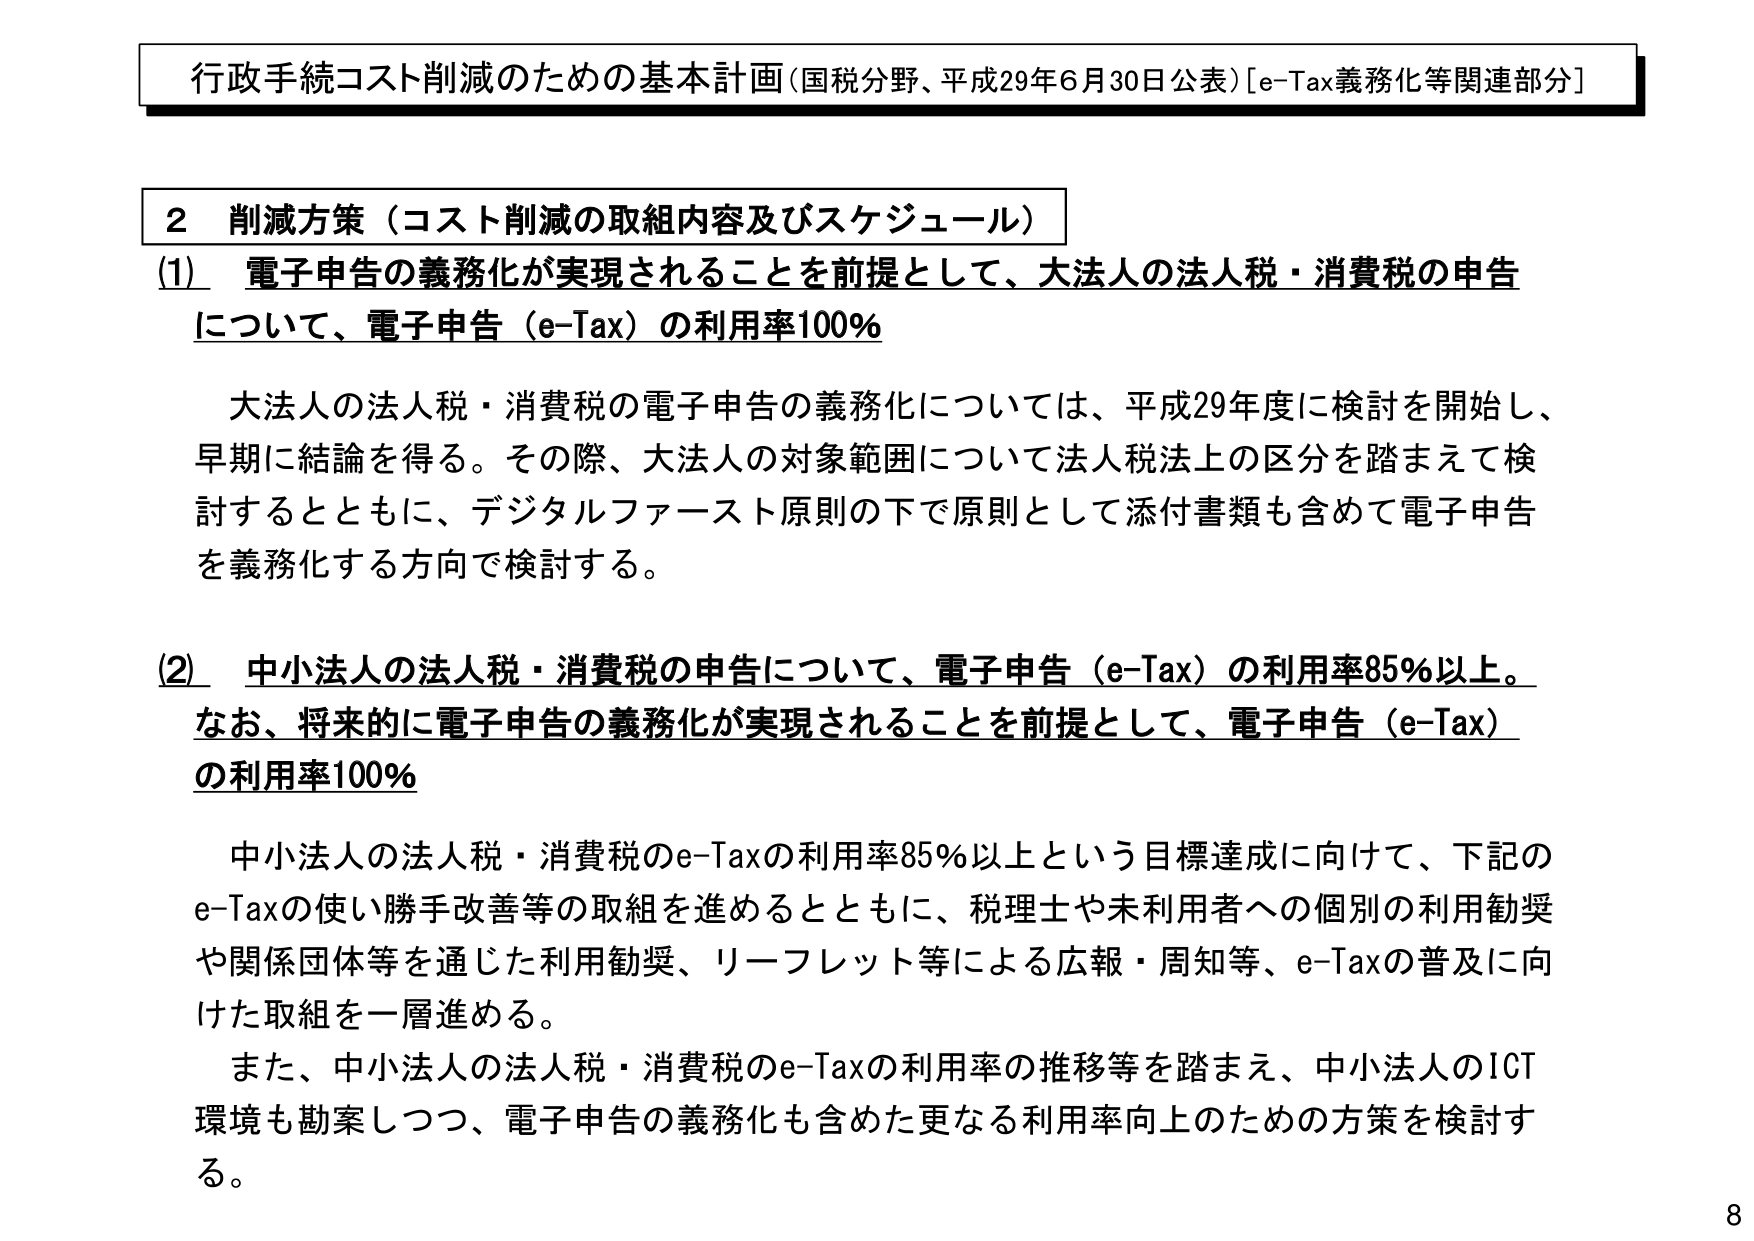
行政手続コスト削減のための基本計画（国税分野、平成29年6月30日公表）［e-Tax義務化等関連部分］

2 削減方策（コスト削減の取組内容及びスケジュール）

(1) 電子申告の義務化が実現されることを前提として、大法人の法人税・消費税の申告について、電子申告（e-Tax）の利用率100％

　大法人の法人税・消費税の電子申告の義務化については、平成29年度に検討を開始し、早期に結論を得る。その際、大法人の対象範囲について法人税法上の区分を踏まえて検討するとともに、デジタルファースト原則の下で原則として添付書類も含めて電子申告を義務化する方向で検討する。

(2) 中小法人の法人税・消費税の申告について、電子申告（e-Tax）の利用率85％以上。なお、将来的に電子申告の義務化が実現されることを前提として、電子申告（e-Tax）の利用率100％

　中小法人の法人税・消費税のe-Taxの利用率85％以上という目標達成に向けて、下記のe-Taxの使い勝手改善等の取組を進めるとともに、税理士や未利用者への個別の利用勧奨や関係団体等を通じた利用勧奨、リーフレット等による広報・周知等、e-Taxの普及に向けた取組を一層進める。

　また、中小法人の法人税・消費税のe-Taxの利用率の推移等を踏まえ、中小法人のICT環境も勘案しつつ、電子申告の義務化も含めた更なる利用率向上のための方策を検討する。

8